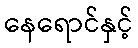
နေရောင်နှင့်